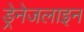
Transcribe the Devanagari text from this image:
ड्रेनेजलाइन